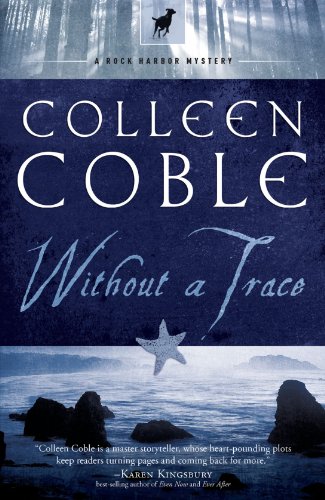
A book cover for Without a Trace (Rock Harbor, Book 1); Colleen Coble; Romance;